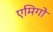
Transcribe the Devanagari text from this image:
एमिगो